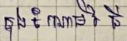
ក្នុងចំណោមវិធី